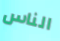
الناس